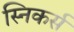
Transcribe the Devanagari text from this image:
स्निकर्स